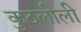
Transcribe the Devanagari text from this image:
कुठलीली